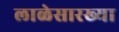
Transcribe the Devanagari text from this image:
लाळेसारख्या